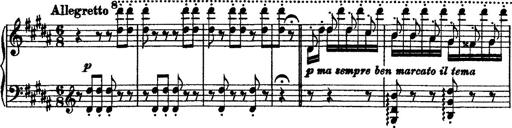
Title: Grandes Ã©tudes de Paganini
Composer: Franz Liszt